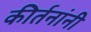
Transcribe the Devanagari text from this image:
कीर्तनांनी